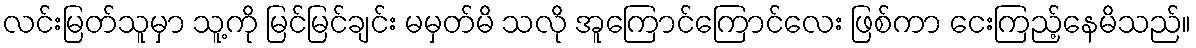
လင်းမြတ်သူမှာ သူ့ကို မြင်မြင်ချင်း မမှတ်မိ သလို အူကြောင်ကြောင်လေး ဖြစ်ကာ ငေးကြည့်နေမိသည်။